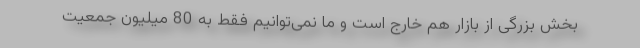
بخش بزرگی از بازار هم خارج است و ما نمی‌توانیم فقط به 80 میلیون جمعیت